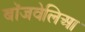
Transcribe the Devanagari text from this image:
बॉजवेलिआ